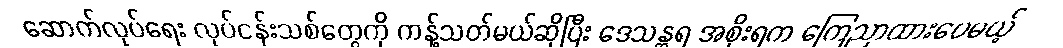
ဆောက်လုပ်ရေး လုပ်ငန်းသစ်တွေကို ကန့်သတ်မယ်ဆိုပြီး ဒေသန္တရ အစိုးရက ကြေညာထားပေမယ့်